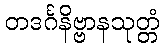
တဒင်္ဂနိဗ္ဗာနသုတ္တံ